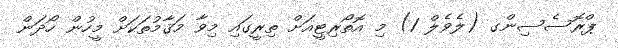
ޕްރޮސެސިންގ (ލެވެލް 1) މި އޮތޯރިޓީއަށް ތިރީގައި މިވާ މަޤާމުތަކަށް މީހުން ހޯދަން